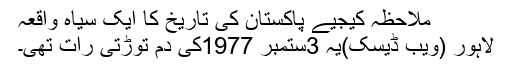
ملاحظہ کیجیے پاکستان کی تاریخ کا ایک سیاہ واقعہ
لاہور (ویب ڈیسک)یہ 3ستمبر 1977کی دم توڑتی رات تھی۔